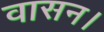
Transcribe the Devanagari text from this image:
वासन।